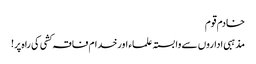
خادم قوم
مذہبی اداروں سے وابستہ علماء اورخدام فاقہ کشی کی راہ پر!